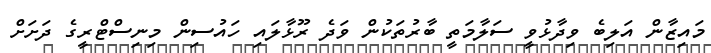
މައިޒާން އަލިބެ ވިދާޅުވީ ސަލާމަތީ ބާރުތަކުން ވަދެ ރޫޅާލައި ހައުސިން މިނިސްޓްރީގެ ދަށަށް